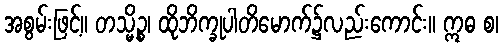
အစွမ်းဖြင့်။ တသ္မိဉ္စ၊ ထိုဘိက္ခုပါတိမောက်၌လည်းကောင်း။ ဣဓ စ၊